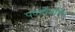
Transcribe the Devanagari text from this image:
पदवीसहित